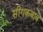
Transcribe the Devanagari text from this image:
सीगकबाब